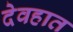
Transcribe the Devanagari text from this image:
देवहात